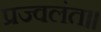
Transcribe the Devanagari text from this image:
प्रज्वलंत॥